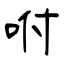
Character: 咐